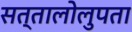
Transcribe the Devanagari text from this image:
सत्तालोलुपता